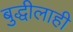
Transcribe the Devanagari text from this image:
बुद्धीलाही